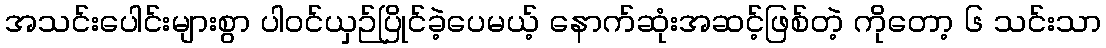
အသင်းပေါင်းများစွာ ပါဝင်ယှဉ်ပြိုင်ခဲ့ပေမယ့် နောက်ဆုံးအဆင့်ဖြစ်တဲ့ ကိုတော့ ၆ သင်းသာ